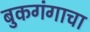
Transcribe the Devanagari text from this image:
बुकगंगाचा